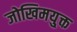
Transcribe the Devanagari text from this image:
जोखिमयु्क्त